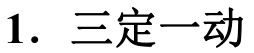
1. 三定一动